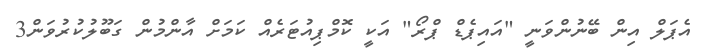
އެޕަލް އިން ބޭނުންވަނީ "އައިޕެޑް ޕްރޯ" އަކީ ކޮމްޕިއުޓަރެއް ކަމަށް އާންމުން ގަބޫލުކުރުވަން3